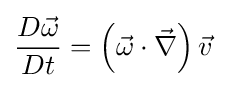
{D{\vec {\omega }} \over Dt}=\left({\vec {\omega }}\cdot {\vec {\nabla }}\right){\vec {v}}